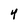
Character: 4